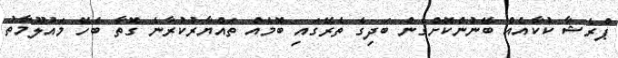
ޕްރެޝާ ކުކާއެއް ބޭނުންކޮށްގެން ބަދިގެ ތެރޭގައި ބޮމެއް ތައްޔާރުކުރާނެ ގޮތާ ބެހޭ މައުލޫމާތު